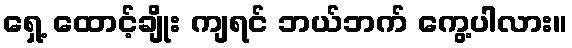
ရှေ့ ထောင့်ချိုး ကျရင် ဘယ်ဘက် ကွေ့ပါလား။